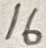
Text: 16